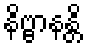
နိဗ္ဗာနန္တိ